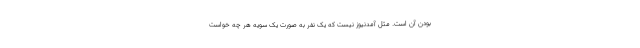
بودن آن است. مثل آمدنیوز نیست که یک نفر به صورت یک سویه هر چه خواست